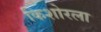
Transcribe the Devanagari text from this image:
किशोरला